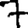
Digit: 7